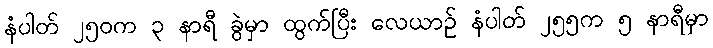
နံပါတ် ၂၅၀က ၃ နာရီ ခွဲမှာ ထွက်ပြီး လေယာဉ် နံပါတ် ၂၅၅က ၅ နာရီမှာ